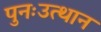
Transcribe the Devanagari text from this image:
पुनःउत्थान